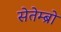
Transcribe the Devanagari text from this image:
सेतेम्ब्रो